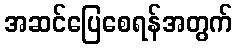
အဆင်ပြေစေရန်အတွက်